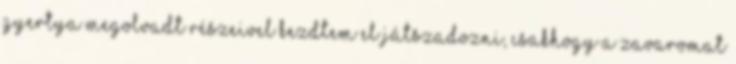
gyertya megolvadt részeivel kezdtem el játszadozni, csakhogy a zavaromat